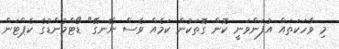
މި ވާހަކަތައް އުފަންވަނީ ކޮން ގޮތަކުން ކަމެއް ވެސް ނޭނގޭ" ޑޯޓްމުންޑުގެ ކެޕްޓަން